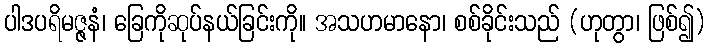
ပါဒပရိမဇ္ဇနံ၊ ခြေကိုဆုပ်နယ်ခြင်းကို။ အသဟမာနော၊ စစ်ခိုင်းသည် (ဟုတွာ၊ ဖြစ်၍)